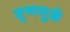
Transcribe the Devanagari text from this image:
तृणमुळे